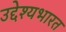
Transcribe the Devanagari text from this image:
उद्देश्यभारत